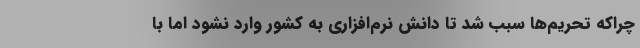
چراکه تحریم‌ها سبب شد تا دانش نرم‌افزاری به کشور وارد نشود اما با